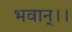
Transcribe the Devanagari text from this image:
भवान्।।